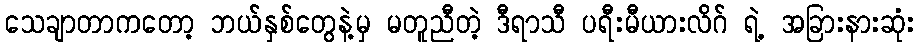
သေချာတာကတော့ ဘယ်နှစ်တွေနဲ့မှ မတူညီတဲ့ ဒီရာသီ ပရီးမီယားလိဂ် ရဲ့ အခြားနားဆုံး